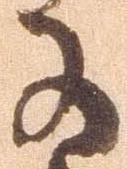
于